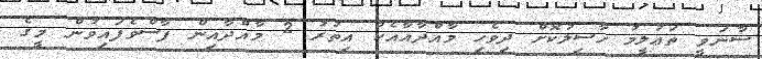
ސާނަވީ ތަޢުލީމު ހާސިލުކޮށް ދިވެހި މާއްދާއާއެކު އިތުރު 2 މާއްދާއިން ފާސްވެފައިވުން މީގެ